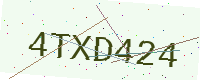
Text: 4TXD424